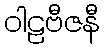
ဝါဠဗီဇနီ